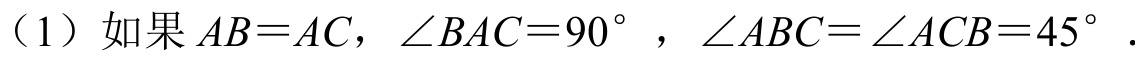
（1）如果\(AB = AC\)，\(\angle BAC = 90^{\circ}\)，\(\angle ABC=\angle ACB = 45^{\circ}\).